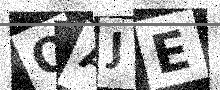
Text: OAJE